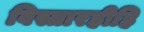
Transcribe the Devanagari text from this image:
विस्तारहीहि